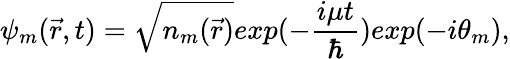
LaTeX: \psi_{m}(\vec{r},t)=\sqrt{n_{m}(\vec{r})}exp(-\frac{i\mu t}{\hbar})exp(-i\theta_{m}),